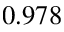
0 . 9 7 8